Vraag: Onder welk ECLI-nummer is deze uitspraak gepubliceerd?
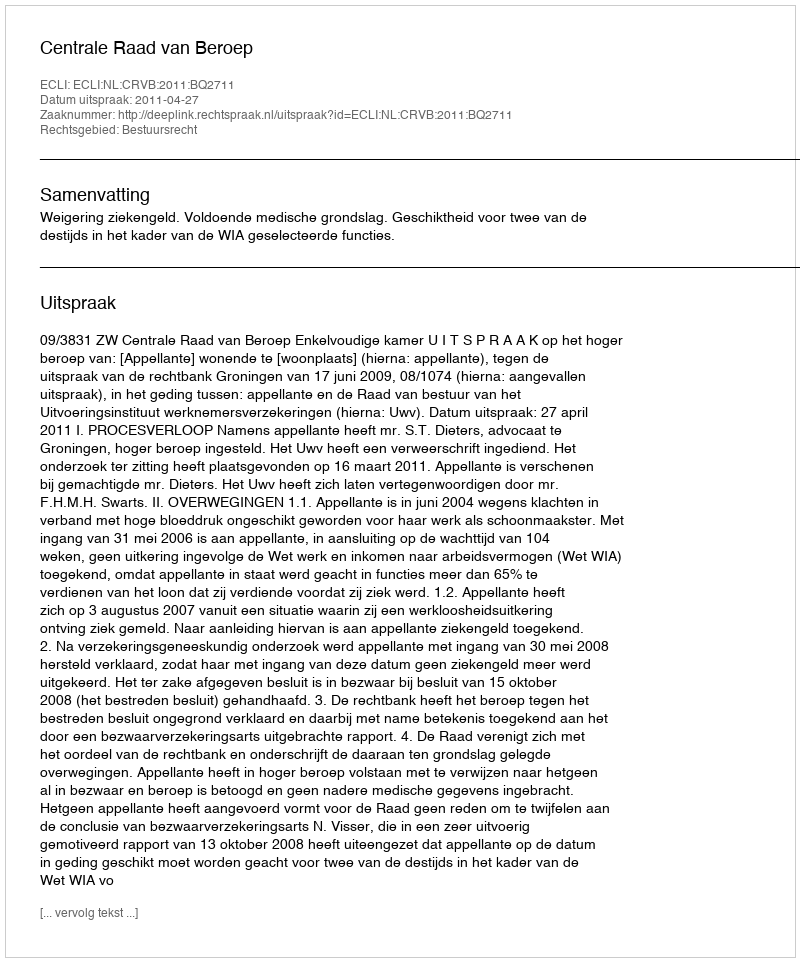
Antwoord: ECLI:NL:CRVB:2011:BQ2711